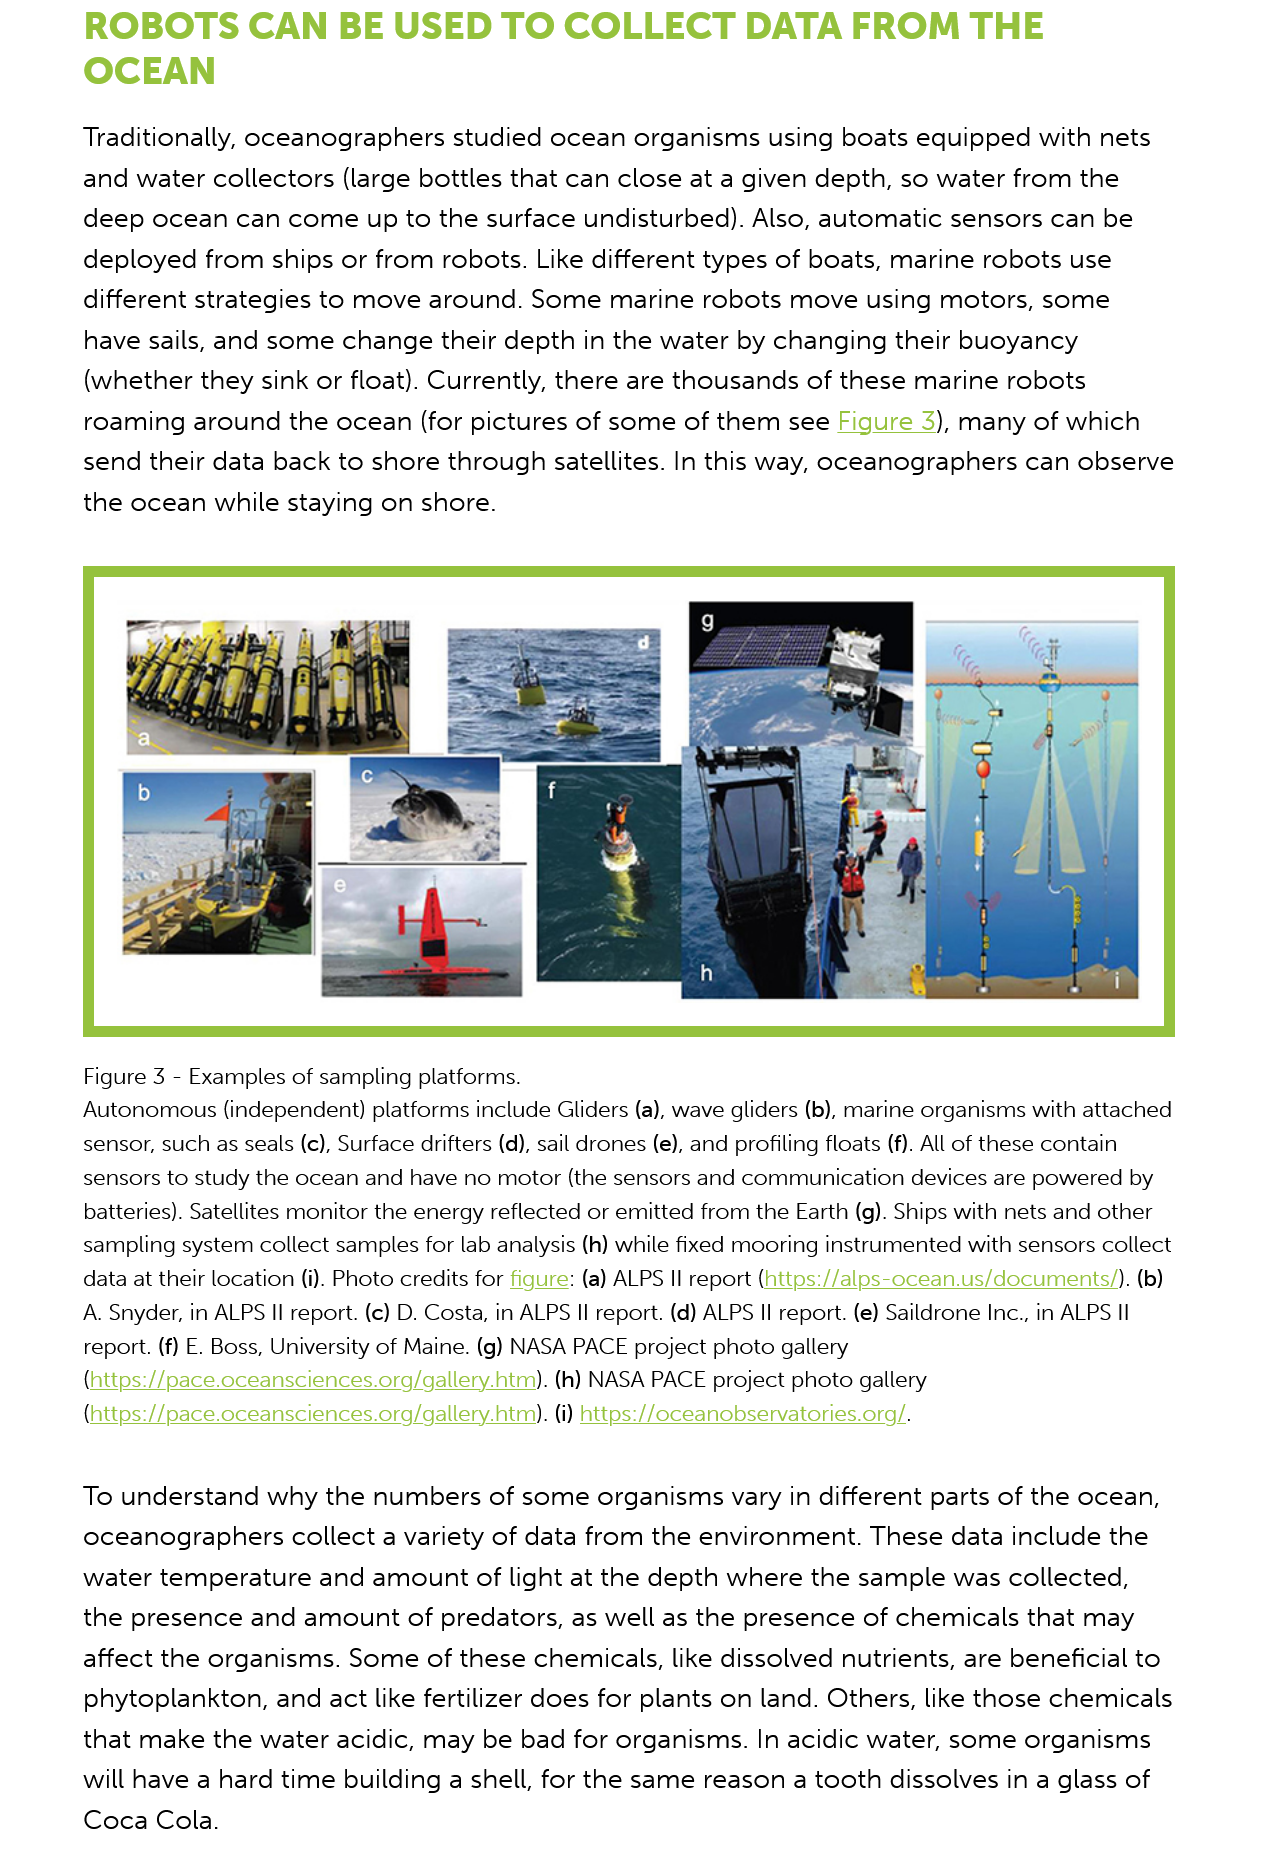
ROBOTS    CAN    BE  USED    TO    COLLECT    DATA    FROM    THE
     OCEAN
     Traditionally, oceanographers    studied  ocean  organisms  using   boats  equipped   with  nets
     and  water collectors   (large bottles that can  close at a given  depth,  so water  from  the
     deep  ocean   can  come up  to   the surface  undisturbed).  Also, automatic   sensors  can  be
     deployed   from  ships  or from  robots. Like different types  of boats,  marine  robots  use
     different strategies  to move   around.  Some   marine   robots move   using  motors,  some
     have sails, and  some   change their  depth   in the water  by changing   their buoyancy
     (whether they sink   or float). Currently, there  are thousands of   these  marine  robots
     roaming   around   the ocean (for  pictures  of some   of them  see  Figure   3), many of which
     send  their data  back to shore  through satellites.  In this way, oceanographers    can  observe
     the ocean   while  staying on  shore.
     To  understand   why  the  numbers   of some   organisms vary in   different parts of the  ocean,
     oceanographers   collect   a variety of data  from  the environment.    These  data  include the
     water  temperature    and amount  of light  at the depth   where  the  sample  was collected,
     the  presence  and  amount  of   predators,  as well as the presence   of chemicals   that may
     affect the  organisms.  Some   of these  chemicals, like  dissolved  nutrients, are beneficial  to
     phytoplankton,    and  act like fertilizer does for plants on land. Others, like those  chemicals
     that make   the water acidic,  may   be bad  for organisms.   In acidic water, some   organisms
     will have  a hard time  building a shell, for the same   reason  a tooth  dissolves in a glass of
     Coca   Cola.
     Autonomous (independent)   platforms include Gliders (a), wave gliders (b), marine organisms with attached
     sensor, such as seals (c), Surface drifters (d), sail drones (e), and profiling floats (f). All of these contain
     sensors to study the ocean and have no motor (the sensors and communication devices are powered by
     batteries). Satellites monitor the energy reflected or emitted from the Earth (g). Ships with nets and other
     sampling system collect samples for lab analysis (h) while fixed mooring instrumented with sensors collect
     data at their location (i). Photo credits for figure: (a) ALPS II report (https://alps-ocean.us/documents/). (b)
     A. Snyder, in ALPS II report. (c) D. Costa, in ALPS II report. (d) ALPS II report. (e) Saildrone Inc., in ALPS II
     report. (f) E. Boss, University of Maine. (g) NASA PACE project photo gallery
     (https://pace.oceansciences.org/gallery.htm). (h) NASA PACE project photo gallery
     (https://pace.oceansciences.org/gallery.htm). (i) https://oceanobservatories.org/.
     Figure 3
     -
     Examples of sampling platforms.